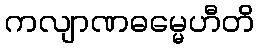
ကလျာဏဓမ္မေဟီတိ